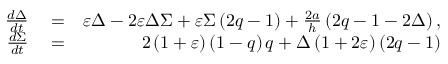
\begin{array} { r l r } { \frac { d \Delta } { d t } } & { { } = } & { \varepsilon \Delta - 2 \varepsilon \Delta \Sigma + \varepsilon \Sigma \left( 2 q - 1 \right) + \frac { 2 a } { h } \left( 2 q - 1 - 2 \Delta \right) , } \\ { \frac { d \Sigma } { d t } } & { { } = } & { 2 \left( 1 + \varepsilon \right) \left( 1 - q \right) q + \Delta \left( 1 + 2 \varepsilon \right) \left( 2 q - 1 \right) } \end{array}